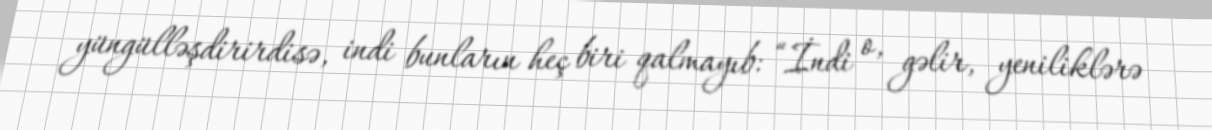
yüngülləşdirirdisə, indi bunların heç biri qalmayıb: “İndi o, gəlir, yeniliklərə